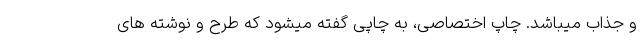
و جذاب میباشد. چاپ اختصاصی، به چاپی گفته میشود که طرح و نوشته های